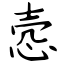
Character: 悫